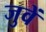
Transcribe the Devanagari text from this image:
जुवें